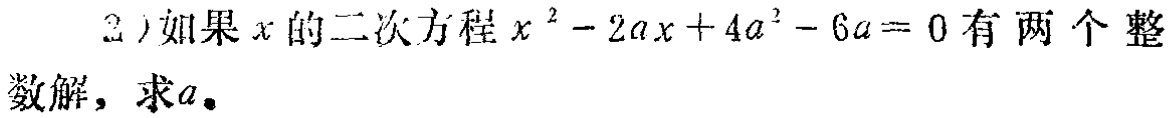
2)如果\(x\)的二次方程\(x^{2}-2ax + 4a^{2}-6a = 0\)有两个整数解，求\(a\)。